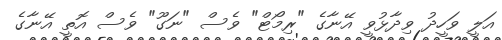
އަލީ ވަހީދު ވިދާޅުވީ އޭނާގެ "ރިމޯޓް" ވެސް "ނަގޫ" ވެސް އޮތީ އޭނާގެ